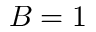
B = 1